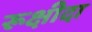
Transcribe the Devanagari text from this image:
रूक्षीदा